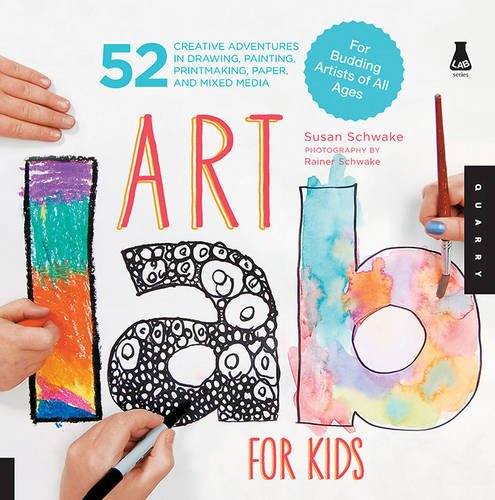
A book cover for Art Lab for Kids: 52 Creative Adventures in Drawing, Painting, Printmaking, Paper, and Mixed Media-For Budding Artists of All Ages (Lab Series); Susan Schwake; Crafts, Hobbies & Home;